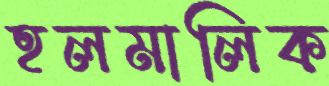
হলমালিক